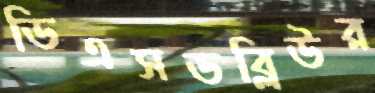
ডিএসডব্লিউর